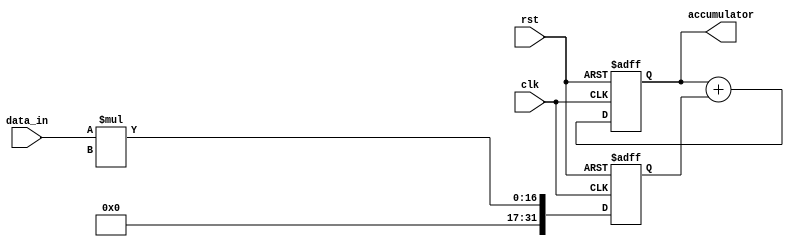
module iir_accumulator (
    input clk,
    input rst,
    input signed [15:0] data_in,
    output reg signed [31:0] accumulator
);

reg signed [31:0] temp;

always @(posedge clk or posedge rst) begin
    if (rst) begin
        accumulator <= 0;
        temp <= 0;
    end else begin
        temp <= data_in * coefficient; // coefficient represents the filter coefficients
        accumulator <= accumulator + temp;
    end
end

endmodule